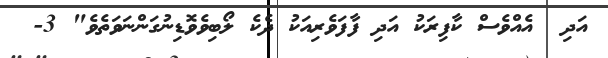
އަދި  އެއްވެސް ކާފިރަކު އަދި ފާފަވެރިއަކު ދެކެ ލޯބިވެވޮޑިނުގަންނަވަތެވެ" 3-